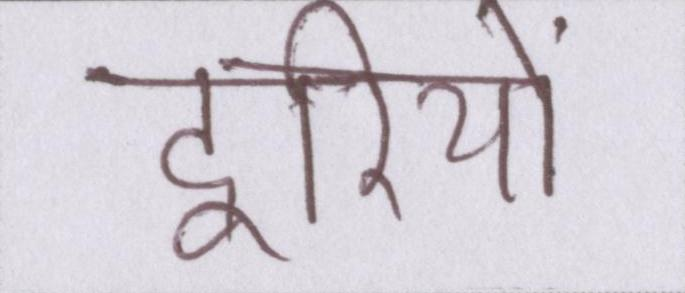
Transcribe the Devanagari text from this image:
दूरियों